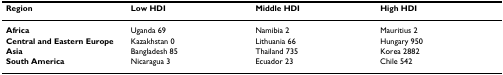
<table><thead><tr><td><b>Region</b></td><td><b>Low HDI</b></td><td><b>Middle HDI</b></td><td><b>High HDI</b></td></tr></thead><tbody><tr><td><b>Africa</b></td><td>Uganda 69</td><td>Namibia 2</td><td>Mauritius 2</td></tr><tr><td><b>Central and Eastern Europe</b></td><td>Kazakhstan 0</td><td>Lithuania 66</td><td>Hungary 950</td></tr><tr><td><b>Asia</b></td><td>Bangladesh 85</td><td>Thailand 735</td><td>Korea 2882</td></tr><tr><td><b>South America</b></td><td>Nicaragua 3</td><td>Ecuador 23</td><td>Chile 542</td></tr></tbody></table>